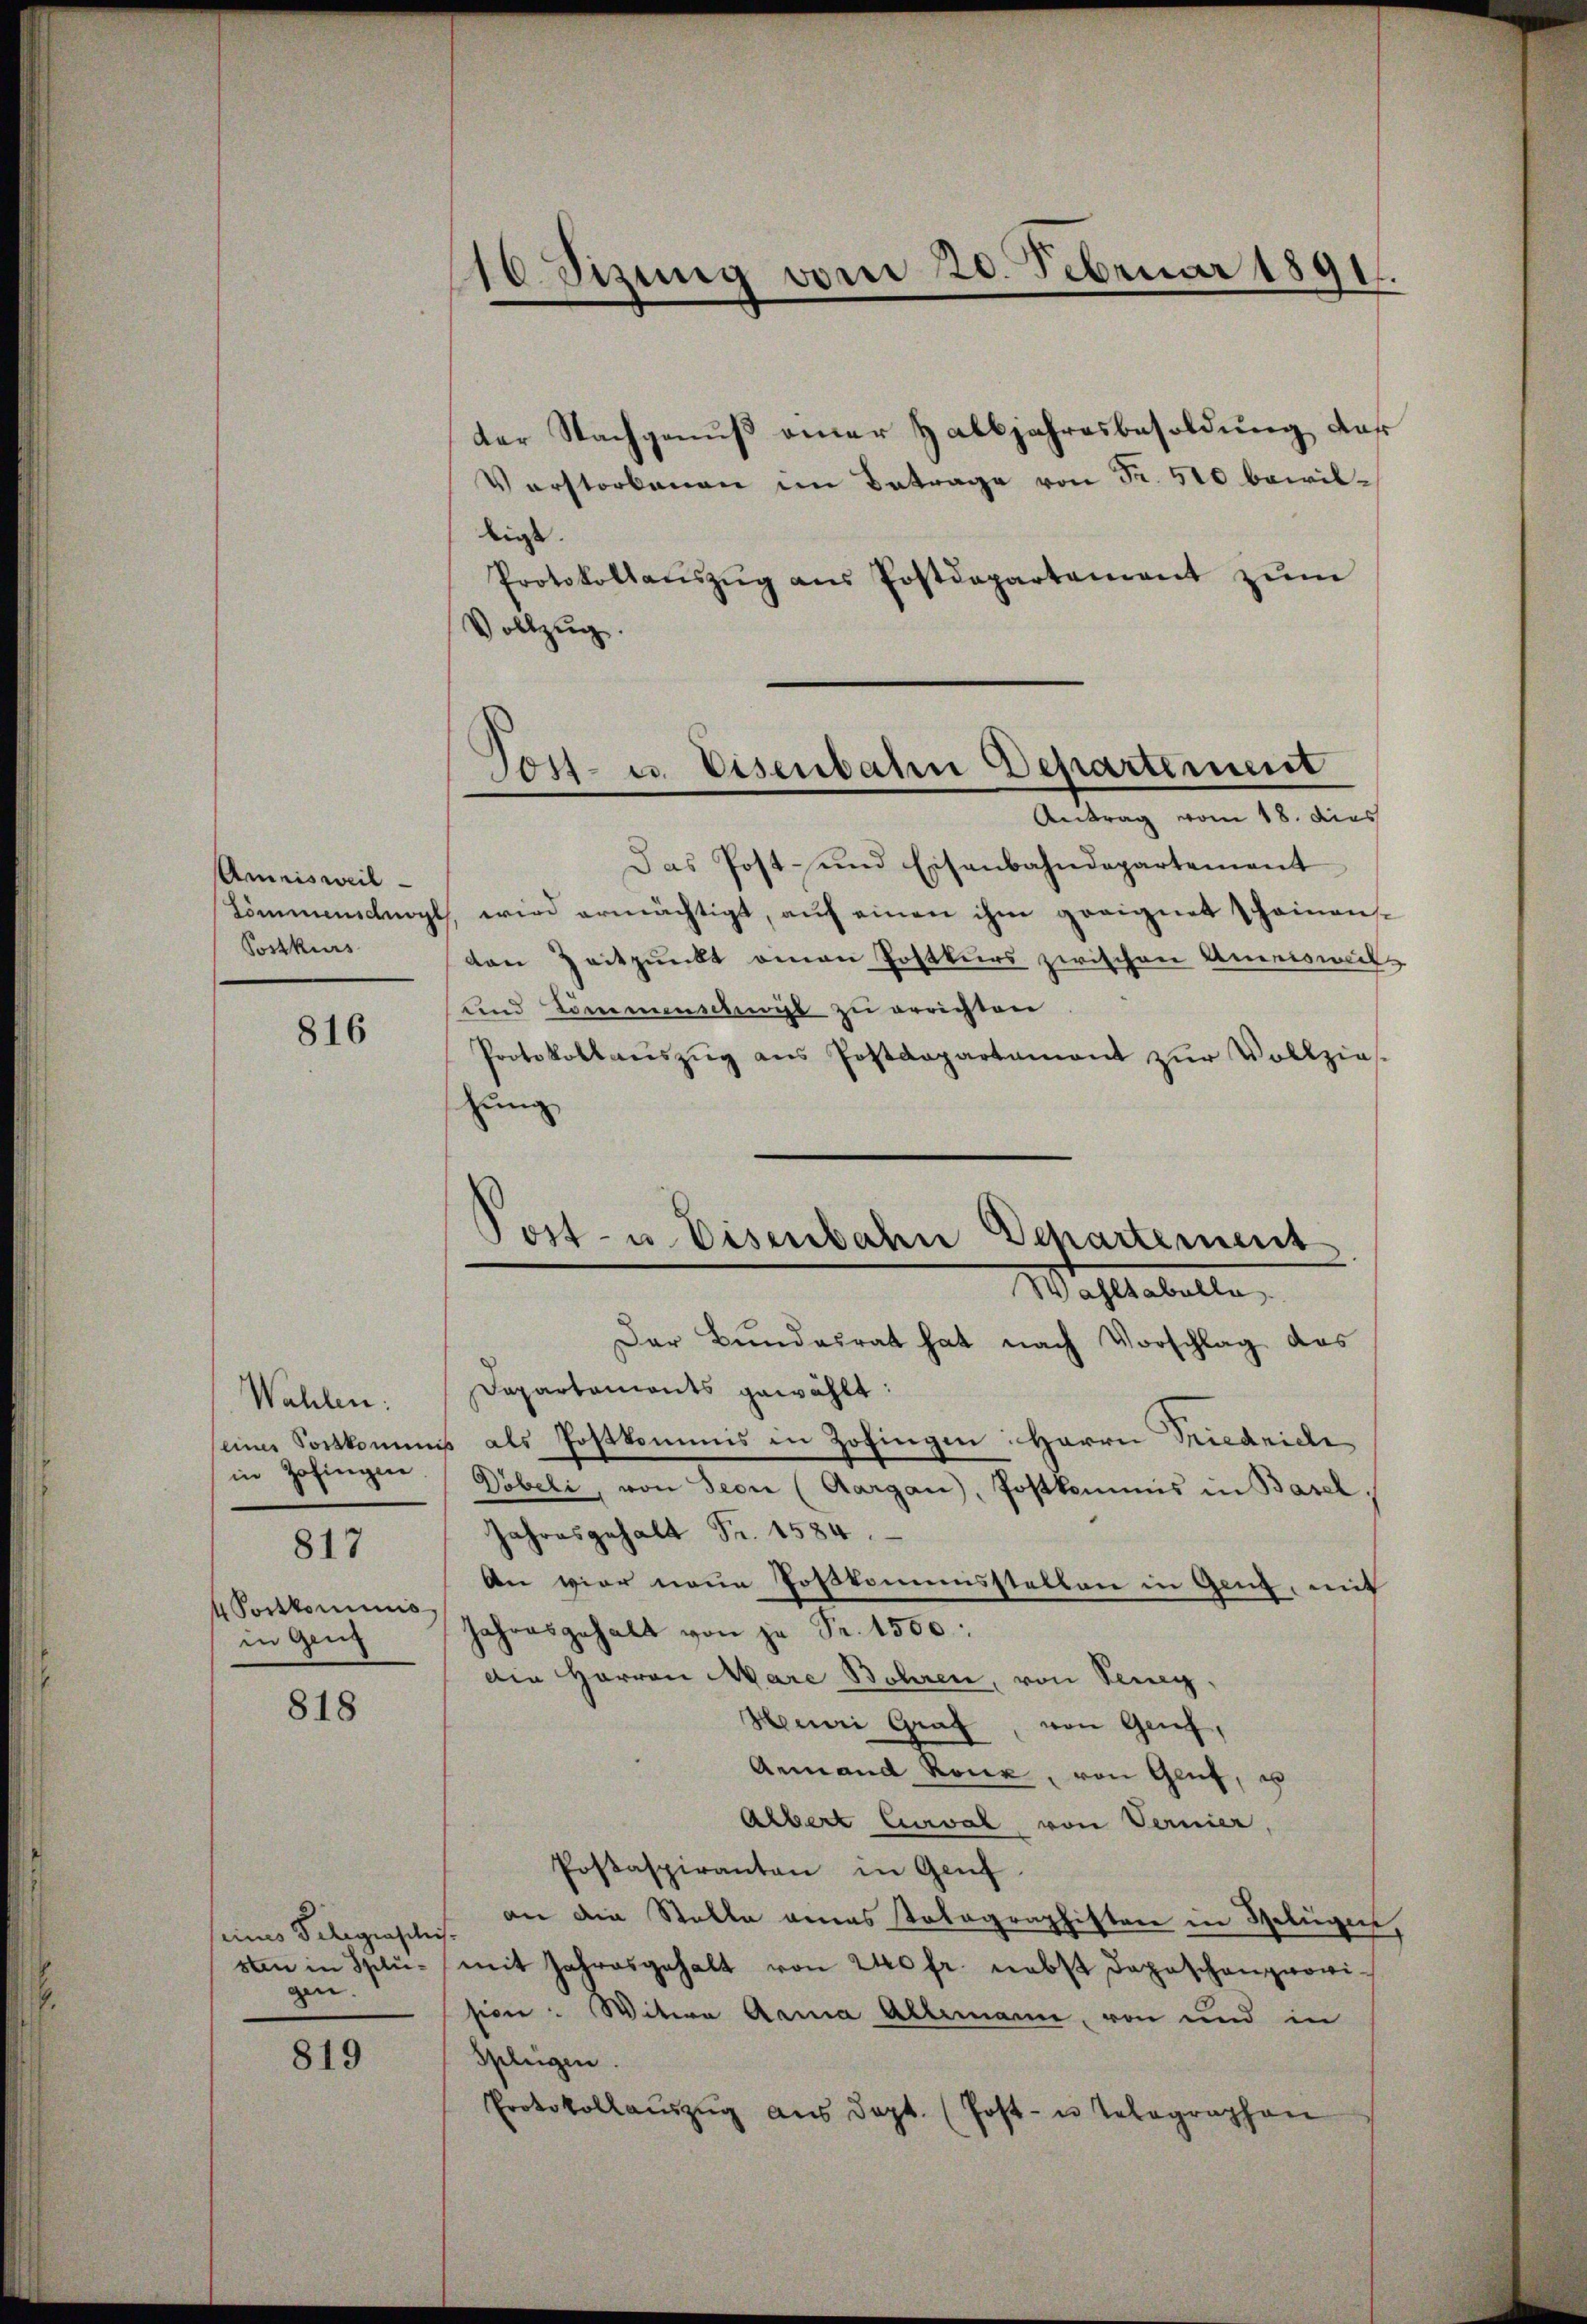
Amrisweil
Postkurs

Wahlen:
in Zofingen
817
4 Portkominis
in Gen

816

818

seines Telegraschis.
gen.

819

10 Sizung vom 20. Februar 1891.

der Nachgenuß einer Halbjahresbesoldung das
Verstorbenen im Betrage von Fr. 510 bewilligt.
Protokollaŭszŭg aŭs Postdepartement zŭm
Vollzug.
Das Post- und Eisenbahndepartement
Lommenschnopt, wird ermächtigt, auf einen ihm geeignet scheinenden Zeitpunkt einen Postkurs zwischen Umriswil¬
und kommenscht zu errichten
Protokollaŭszŭg ans Postdepartament zur Vollzies-
zung
Wahltabella
Der Bundesrat hat nach Vorschlag das
Dapartoniants gewählt:
seiner Sortkommis als Postkommis in Zofingen: Herrn Friedriche
Döbeli, von Seon (Aargau, Postkommis in Basel
Jahresgehalt Fr. 1584.
An vier neue Postkommisstellen in Genz, mit
Jahresgehalt von je Fr. 1500.
die Herren Mare Bohren, von Seneg¬
Herei Graf, von Grief,
Anmand Roux, von Genf, u
Albert Curval von Vernier
Posaspiranten in Genf
an die Stelle eines Totographisten in Gelegen,
sten in Splü- mit Jahresgehalt von 240 fr. nebst Depeschangnowi-
sion: Witwe Anna Allemann, von und in
Splügen.
Protokollaŭszŭg aŭs dept. (Post- u Telegraphen

Sost- u. Eisenbahn Departement
Antrag vom 18. dies

Post- u. Eisenbahn Departement